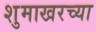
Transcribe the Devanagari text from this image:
शुमाखरच्या